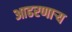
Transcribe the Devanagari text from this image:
आढरणार्‍य